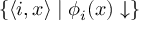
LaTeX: \{ \langle i , x \rangle \mid \phi _ { i } ( x ) \downarrow \}